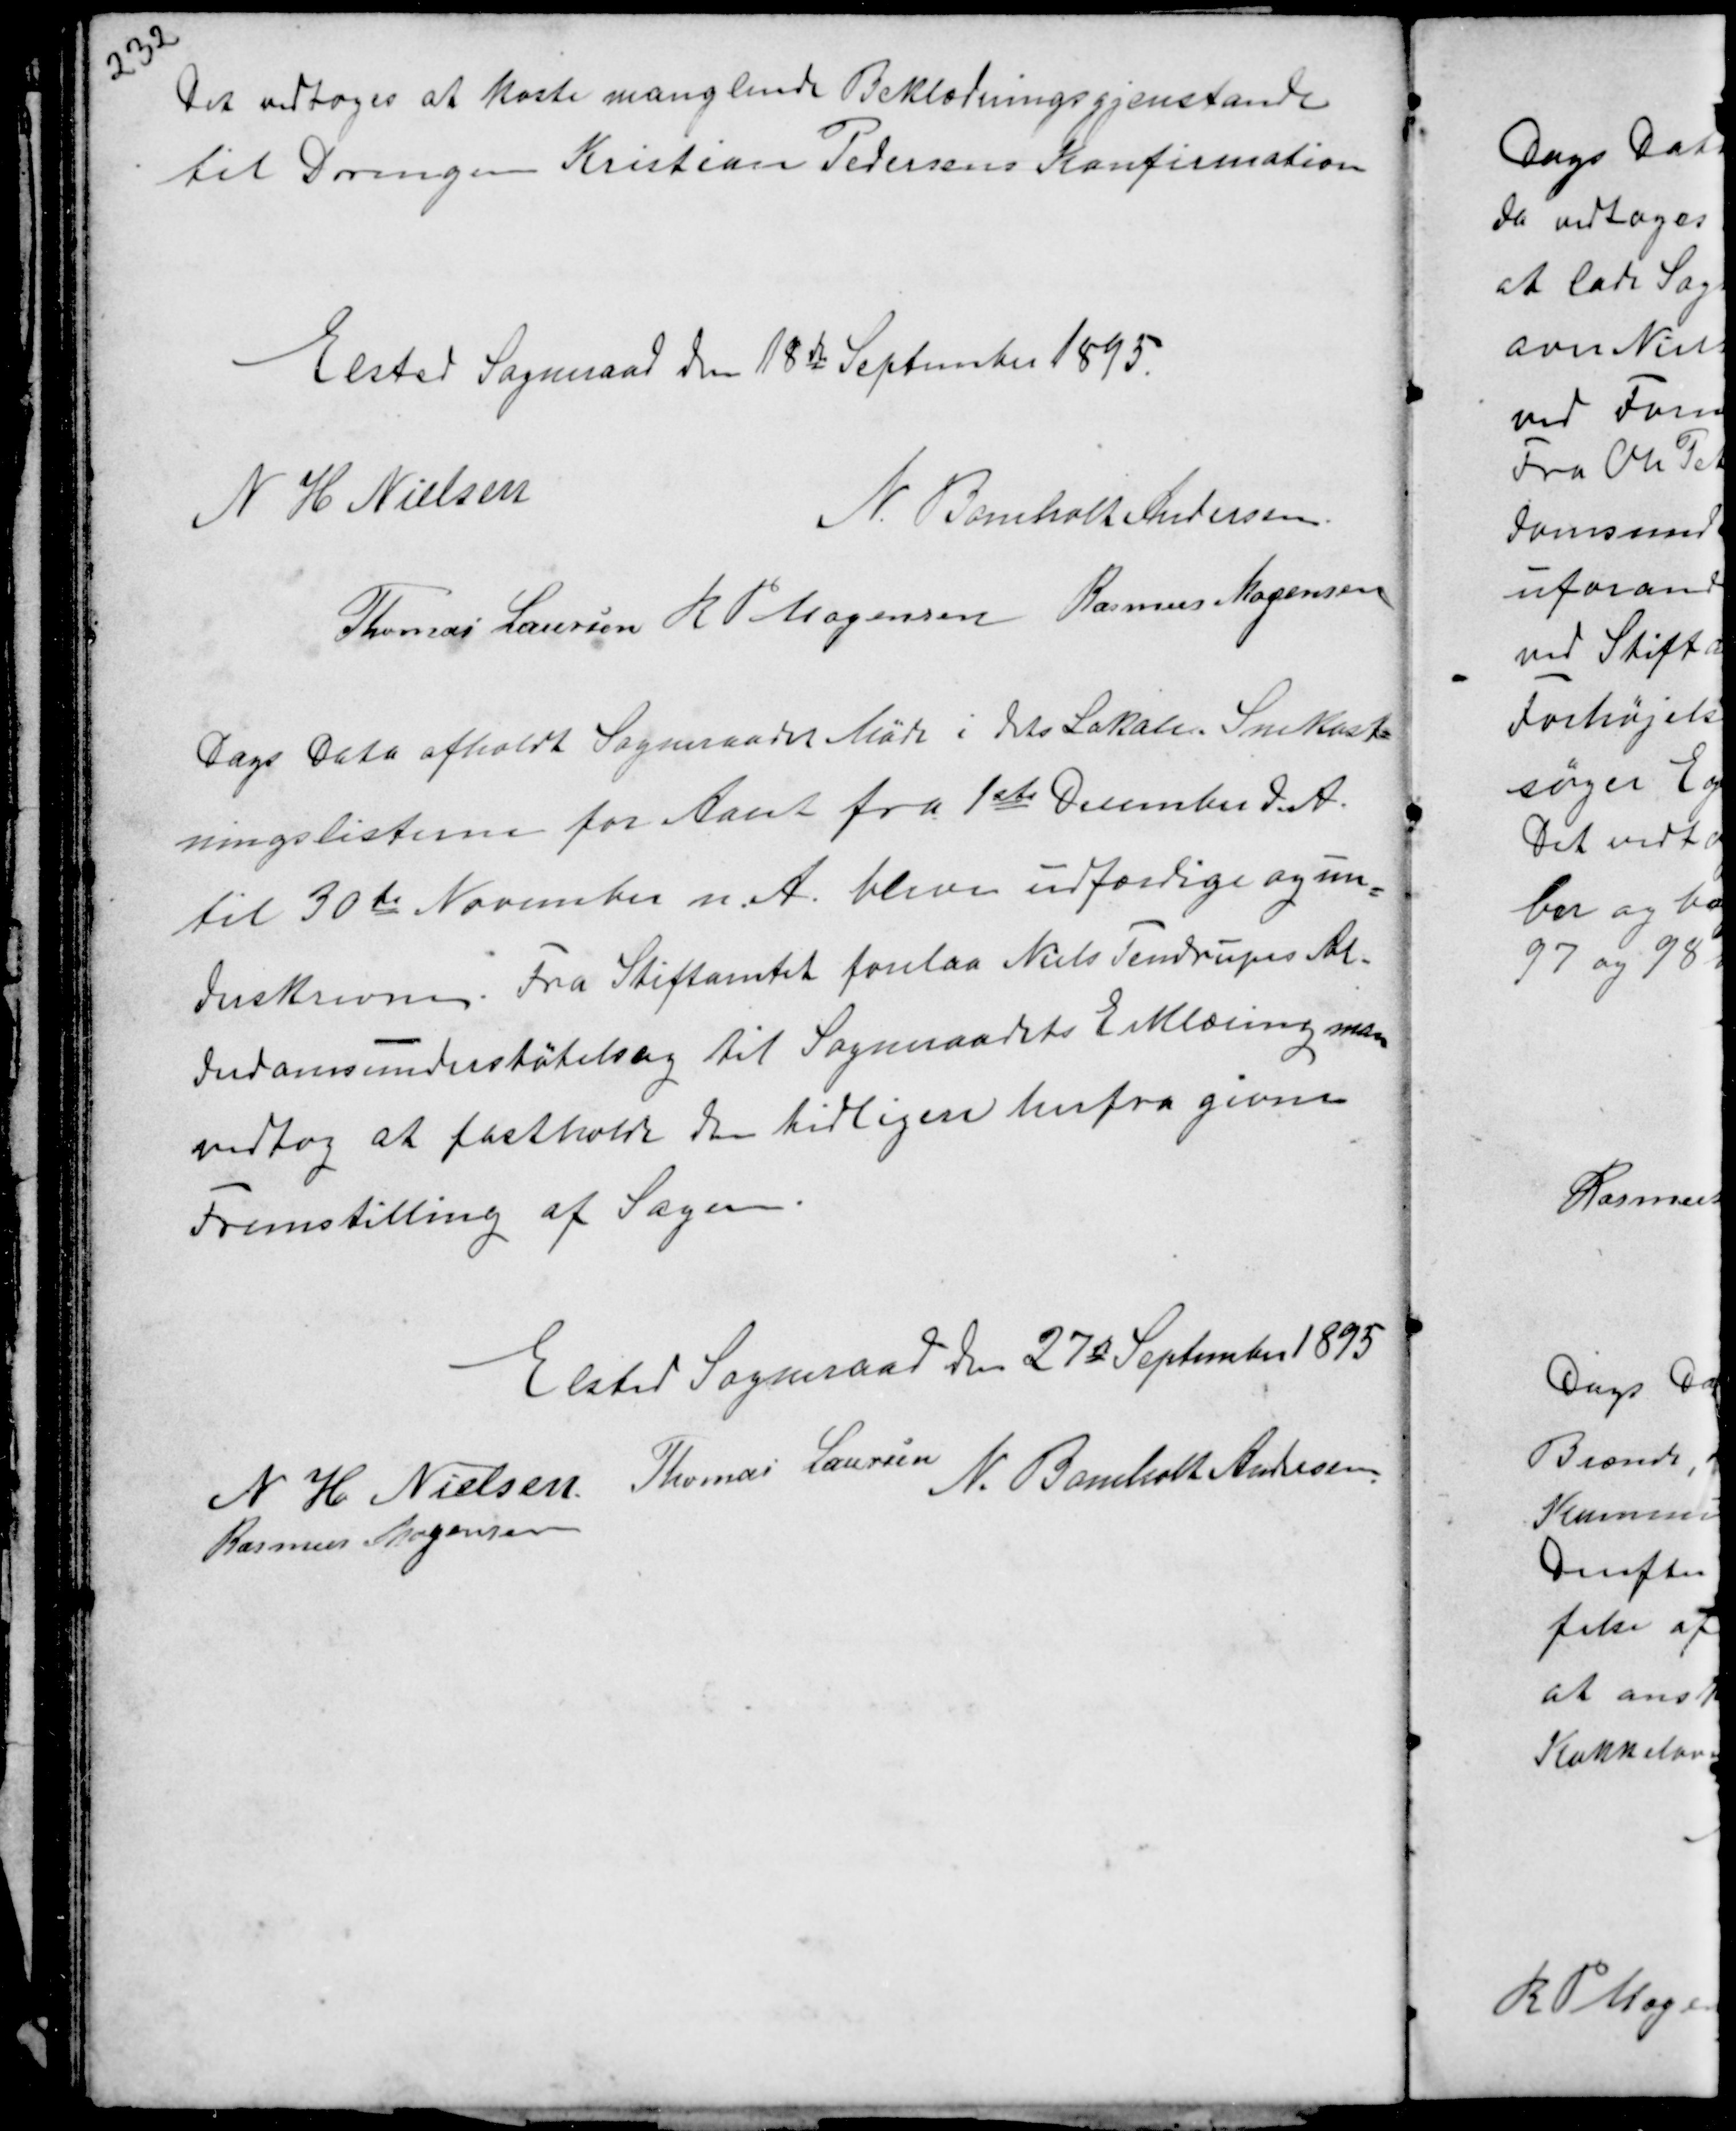
Transskription:
Det vedtoges at koste manglende Beklædningsgenstande
til Drengen Kristian Pedersens Konfirmation

Elsted Sogneraad den 18de September 1895.
N H Nielsen
N. Bomholt Andersen
Thomas Laursen R P Mogensen Rasmus Mogensen

Dags Dato afholdt Sogneraadet Møde i dets Lokale. Snekast-
ningslisterne for Aaret fra 1ste December d.A.
til 30te November n.A. bleve udfærdige og un-
derskrevne. Fra Stiftamtet forelaa Niels Tendrups Al-
derdomsunderstøtelsag til Sogneraadets Erklæring man
vedtog at fastholde den tidligere herfra givne
Fremstilling af Sagen.

Elsted Sogneraad den 27de September 1895
N H Nielsen Thomas Laursen
N. Bomholt Andersen
Rasmus Mogensen